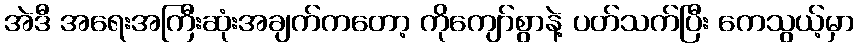
အဲဒီ အရေးအကြီးဆုံးအချက်ကတော့ ကိုကျော်စွာနဲ့ ပတ်သက်ပြီး ကေသွယ့်မှာ